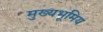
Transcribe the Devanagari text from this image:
मुख्यभूमिय